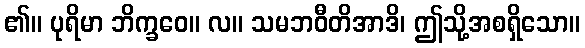
၏။ ပုရိမာ ဘိက္ခဝေ။ လ။ သမဘဝီတိအာဒိ၊ ဤသို့အစရှိသော။